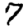
Digit: 7